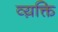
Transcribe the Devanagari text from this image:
व्य़क्ति